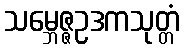
သမ္ဘေဇ္ဇဥဒကသုတ္တံ